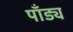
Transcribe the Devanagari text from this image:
पाँड्य